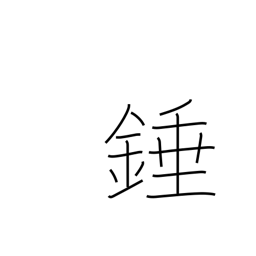
Meaning: plumb bob